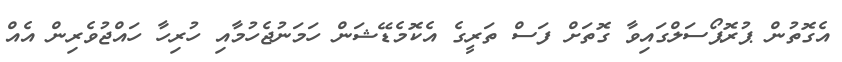
އެގޮތުން ޕުރޮޕޯސަލްގައިވާ ގޮތަށް ފަސް ތަރީގެ އެކޮމެޑޭޝަން ހަމަނުޖެހުމާއި ހުރިހާ ހައްޖުވެރިން އެއް